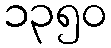
၁၃၅၀